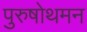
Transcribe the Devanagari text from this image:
पुरुषोथमन